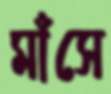
মাঁসে